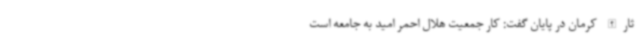
ثارالله کرمان در پایان گفت: کار جمعیت هلال احمر امید به جامعه است